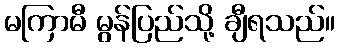
မကြာမီ မွန်ပြည်သို့ ချီရသည်။